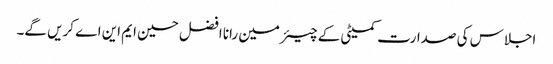
اجلاس کی صدارت کمیٹی کے چیئرمین رانا افضل حسین ایم این اے کریں گے۔